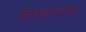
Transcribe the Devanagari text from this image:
काष्ठगण